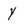
Character: y